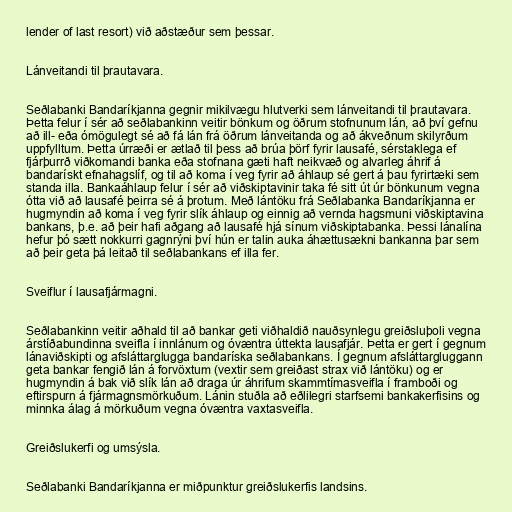
lender of last resort) við aðstæður sem þessar.

Lánveitandi til þrautavara.

Seðlabanki Bandaríkjanna gegnir mikilvægu hlutverki sem lánveitandi til þrautavara.
Þetta felur í sér að seðlabankinn veitir bönkum og öðrum stofnunum lán, að því gefnu
að ill- eða ómögulegt sé að fá lán frá öðrum lánveitanda og að ákveðnum skilyrðum
uppfylltum. Þetta úrræði er ætlað til þess að brúa þörf fyrir lausafé, sérstaklega ef
fjárþurrð viðkomandi banka eða stofnana gæti haft neikvæð og alvarleg áhrif á
bandarískt efnahagslíf, og til að koma í veg fyrir að áhlaup sé gert á þau fyrirtæki sem
standa illa. Bankaáhlaup felur í sér að viðskiptavinir taka fé sitt út úr bönkunum vegna
ótta við að lausafé þeirra sé á þrotum. Með lántöku frá Seðlabanka Bandaríkjanna er
hugmyndin að koma í veg fyrir slík áhlaup og einnig að vernda hagsmuni viðskiptavina
bankans, þ.e. að þeir hafi aðgang að lausafé hjá sínum viðskiptabanka. Þessi lánalína
hefur þó sætt nokkurri gagnrýni því hún er talin auka áhættusækni bankanna þar sem
að þeir geta þá leitað til seðlabankans ef illa fer.

Sveiflur í lausafjármagni.

Seðlabankinn veitir aðhald til að bankar geti viðhaldið nauðsynlegu greiðsluþoli vegna
árstíðabundinna sveifla í innlánum og óvæntra úttekta lausafjár. Þetta er gert í gegnum
lánaviðskipti og afsláttarglugga bandaríska seðlabankans. Í gegnum afsláttargluggann
geta bankar fengið lán á forvöxtum (vextir sem greiðast strax við lántöku) og er
hugmyndin á bak við slík lán að draga úr áhrifum skammtímasveifla í framboði og
eftirspurn á fjármagnsmörkuðum. Lánin stuðla að eðlilegri starfsemi bankakerfisins og
minnka álag á mörkuðum vegna óvæntra vaxtasveifla.

Greiðslukerfi og umsýsla.

Seðlabanki Bandaríkjanna er miðpunktur greiðslukerfis landsins.